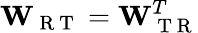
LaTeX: \mathbf{W}_{\mathrm{~R~T~}}=\mathbf{W}_{\mathrm{~T~R~}}^{T}